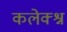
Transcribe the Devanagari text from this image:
कलेक्श्न